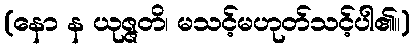
(နော န ယုဇ္ဇတိ၊ မသင့်မဟုတ်သင့်ပါ၏။)